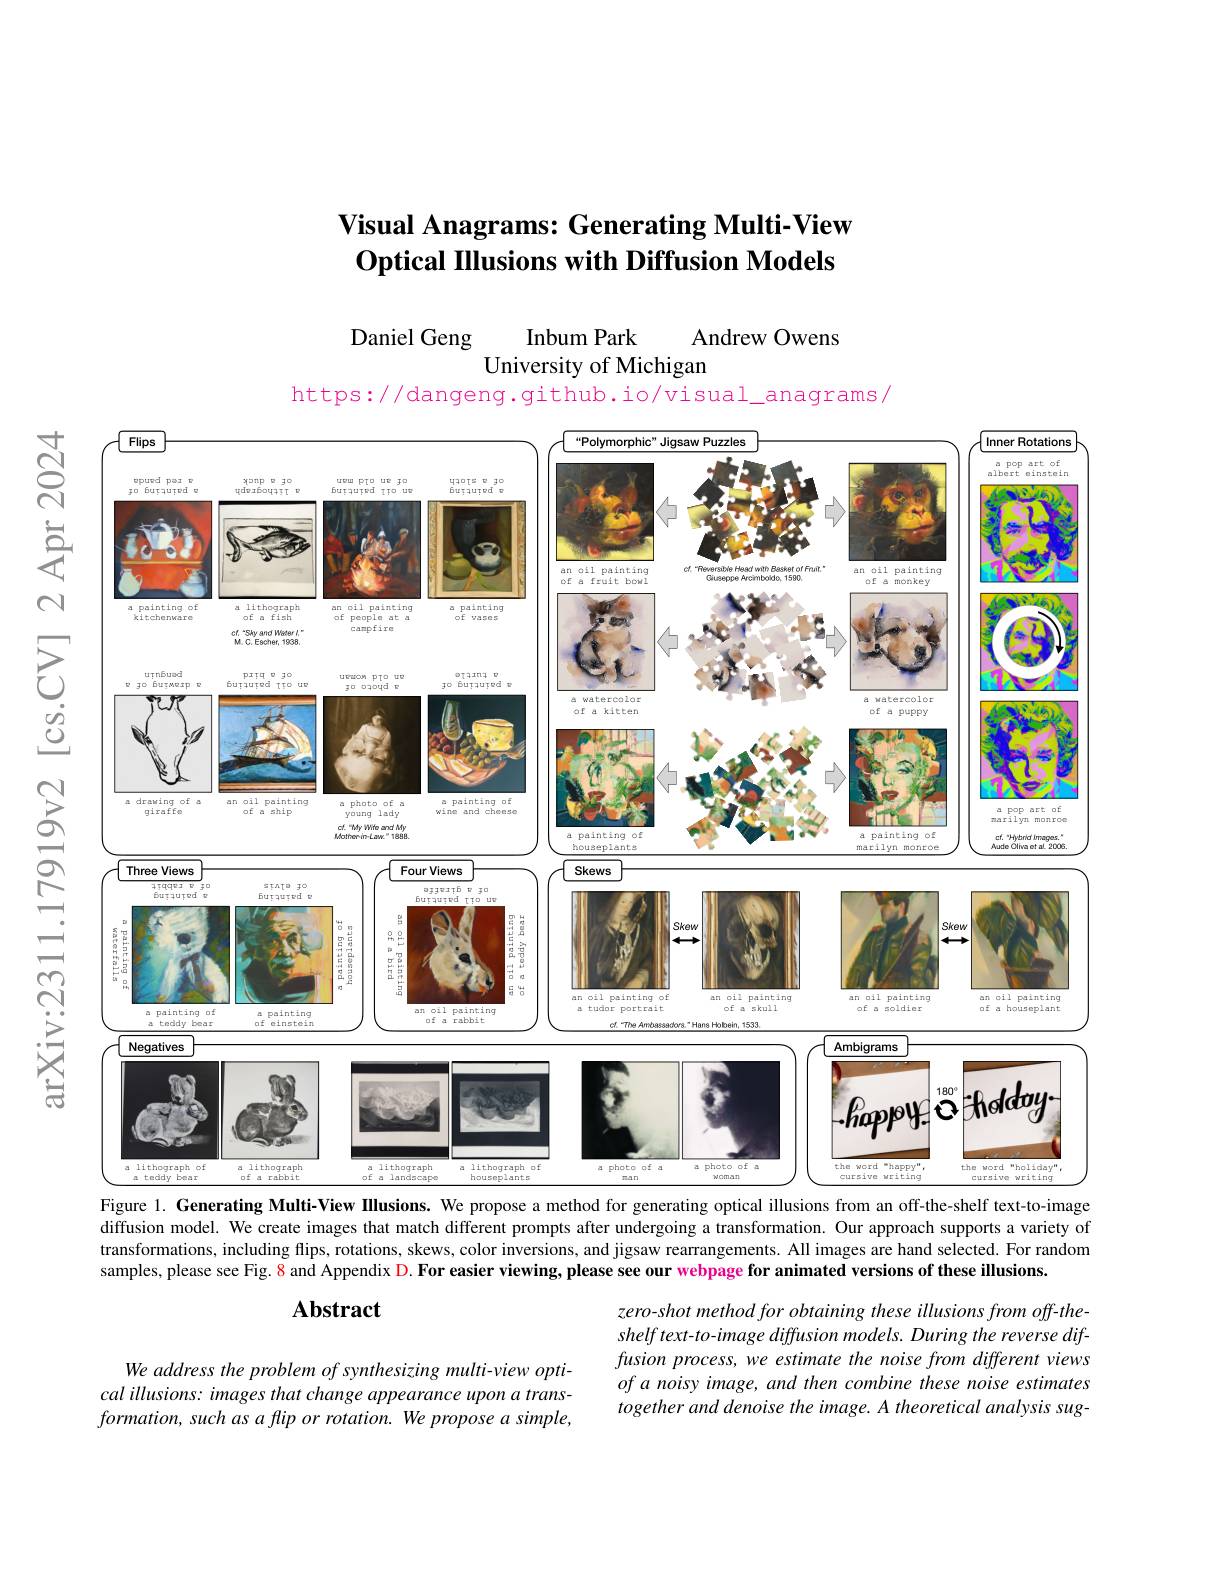
# Visual Anagrams: Generating Multi-View Optical Illusions with Diffusion Models

Daniel Geng
Inbum Park
Andrew Owens
University of Michigan
https://dangeng.github.io/visual_anagrams/

<FigureHere>
$cr.$
diffusion model. We create images that match different prompts after undergoing a transformation. Our approach supports a variety of

transformations, including flips, rotations, skews, color inversions, and jigsaw rearrangements. All images are hand selected. For random
samples, please see Fig. $\color{red}{8}$ and Appendix D. For easier viewing, please see our webpage for animated versions of these illusions.

## $\mathbf{Abstract}$

zero-shot method for obtaining these illusions from off-theshelf text-to-image diffusion models. During the reverse diffusion process, we estimate the noise from different views of a noisy image, and then combine these noise estimates together and denoise the image. A theoretical analysis sug-

We address the problem of synthesizing multi-view optical illusions: images that change appearance upon a trans- $formation,suchasafliporrotation.Weproposeasimple$,